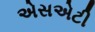
એસએટી